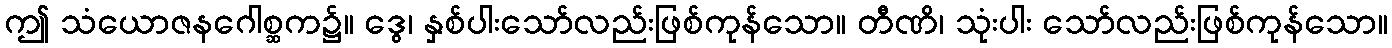
ဤ သံယောဇနဂေါစ္ဆက၌။ ဒွေ၊ နှစ်ပါးသော်လည်းဖြစ်ကုန်သော။ တီဏိ၊ သုံးပါး သော်လည်းဖြစ်ကုန်သော။